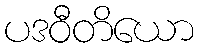
ပဒဝီတိယော